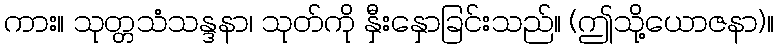
ကား။ သုတ္တသံသန္ဒနာ၊ သုတ်ကို နှီးနှောခြင်းသည်။ (ဤသို့ယောဇနာ)။